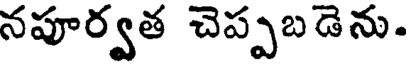
నపూర్వత చెప్పబడెను.